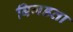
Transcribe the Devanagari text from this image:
बिगडता